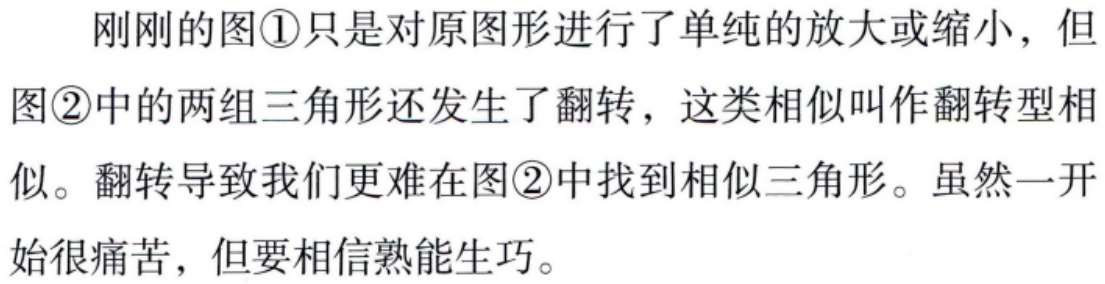
刚刚的图\textcircled{1}只是对原图形进行了单纯的放大或缩小，但图\textcircled{2}中的两组三角形还发生了翻转，这类相似叫作翻转型相似。翻转导致我们更难在图\textcircled{2}中找到相似三角形。虽然一开始很痛苦，但要相信熟能生巧。